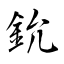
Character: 鈗